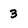
Character: 3